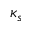
\kappa _ { s }